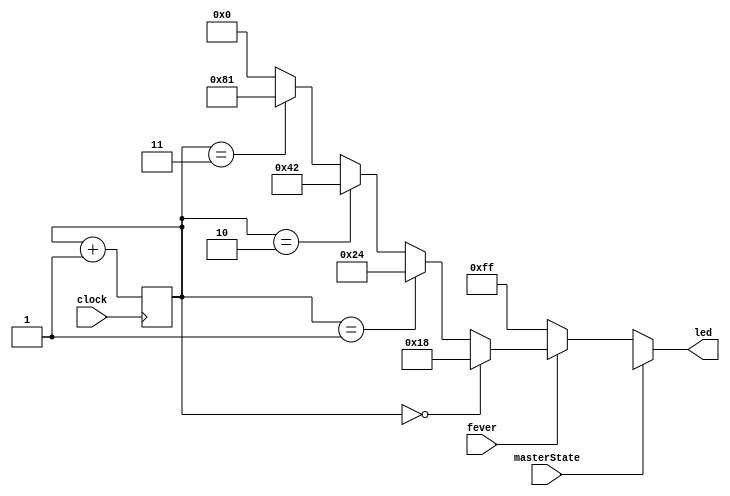
/* -----------------------------------------------------
 *  FLEDGtFNg
 * ----------------------------------------------------- */
 
 
 module FeverLed(clock, masterState, fever, led);
    input clock;
    input masterState;  //Xbgs
    input fever;        //
    output [7:0] led;
    
    wire [7:0] led;
    reg [1:0] disp;    //LED]p
    
    ///LED
    function [7:0] RotateLed;
        input [1:0] disp;
        input masterState;
        input fever;
        
        begin
            if (!masterState) begin
                if (!fever) begin
                    RotateLed = 8'b1111_1111;
                    //RotateLed = TimeCounter(clock); //c\
                end else begin
                    RotateLed = (disp == 2'b00) ? 8'b0001_1000:
                                 (disp == 2'b01) ? 8'b0010_0100:
                                 (disp == 2'b10) ? 8'b0100_0010:
                                 (disp == 2'b11) ? 8'b1000_0001:
                                                   8'b0000_0000;
                end
            end
        end
    endfunction
    
    
    always @(posedge clock) begin
        disp <= disp + 1;
    end
    
    assign led = RotateLed(disp, masterState, fever);
    
endmodule